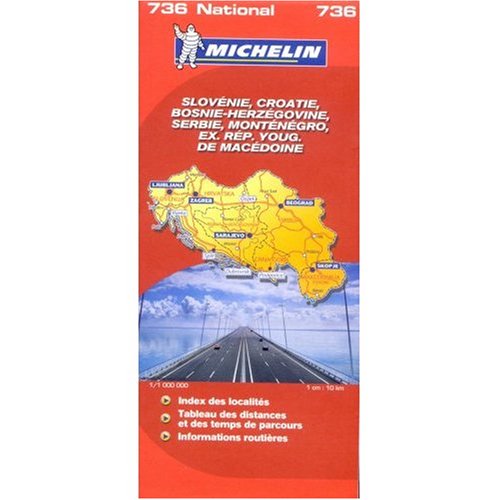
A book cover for Michelin Map No. 736 Slovenia Croatia; Travel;